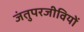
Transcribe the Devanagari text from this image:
जंतुपरजीवियों